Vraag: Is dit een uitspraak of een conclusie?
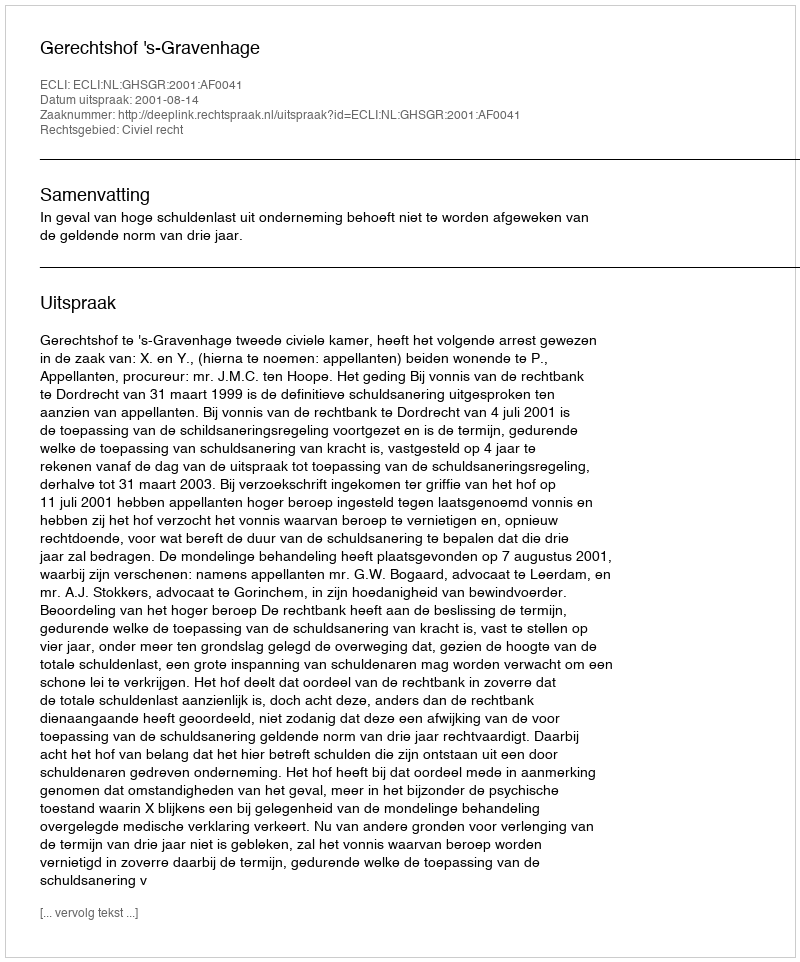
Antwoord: Uitspraak